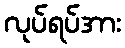
လုပ်ရပ်အား